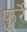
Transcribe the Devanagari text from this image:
फुर्रे